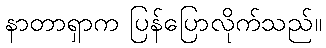
နာတာရှာက ပြန်ပြောလိုက်သည်။